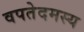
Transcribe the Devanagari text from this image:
वपतेदमस्य